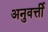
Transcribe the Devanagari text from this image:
अनुवर्त्ती